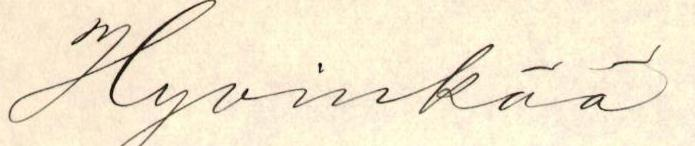
Hyvinkää